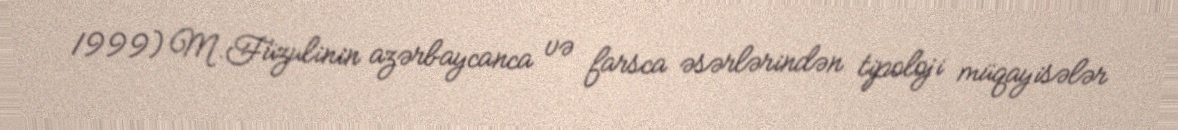
1999) M.Füzulinin azərbaycanca və farsca əsərlərindən tipoloji müqayisələr